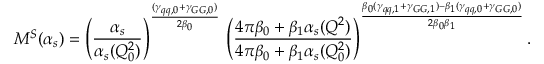
M ^ { S } ( \alpha _ { s } ) = \left( \frac { \alpha _ { s } } { \alpha _ { s } ( Q _ { 0 } ^ { 2 } ) } \right) ^ { \frac { ( \gamma _ { q q , 0 } + \gamma _ { G G , 0 } ) } { 2 \beta _ { 0 } } } \, \left( \frac { 4 \pi \beta _ { 0 } + \beta _ { 1 } \alpha _ { s } ( Q ^ { 2 } ) } { 4 \pi \beta _ { 0 } + \beta _ { 1 } \alpha _ { s } ( Q _ { 0 } ^ { 2 } ) } \right) ^ { \frac { \beta _ { 0 } ( \gamma _ { q q , 1 } + \gamma _ { G G , 1 } ) - \beta _ { 1 } ( \gamma _ { q q , 0 } + \gamma _ { G G , 0 } ) } { 2 \beta _ { 0 } \beta _ { 1 } } } .